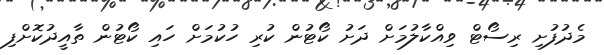
މެދުފުށި ރިސޯޓް ވިއްކާލުމަށް ދަށު ކޯޓުން ކުރި ހުކުމަށް ހައި ކޯޓުން ތާއީދުކޮށްފި